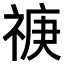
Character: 𥚏